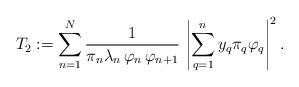
LaTeX: \begin{align*}T_2:=\sum_{n=1}^{N}\frac{1}{\pi_n \lambda_{n}\,\varphi_{n}\,\varphi_{n+1}}\,\left|\sum_{q=1}^{n}y_{q}\pi_q\varphi_{q}\right|^{2}.\end{align*}